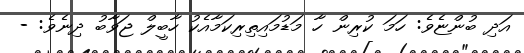
އަދި ބުންޏެވެ: ހަމަ ކުރިން ހާ މަޑުމައިތިރިކަމާއެކު ހާބީލް ޖަވާބު ދިނެވެ: -